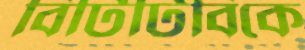
বিটিটিবিকে